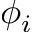
\phi _ { i }